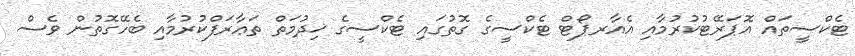
ޓެކްސީތައް އޮޕަރޭޓުކުރުމާއި އެއާރޕޯޓް ޓެކްސީގެ ގޮތުގައި ޓެކްސީގެ ޚިދުމަތް ތަޢާރަފްކުރުމާއި ބެހޭގޮތުން ވެސް